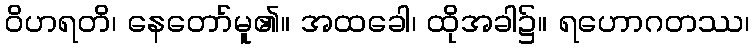
ဝိဟရတိ၊ နေတော်မူ၏။ အထခေါ၊ ထိုအခါ၌။ ရဟောဂတဿ၊